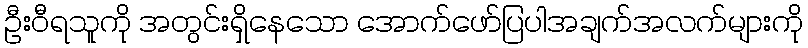
ဦးဝီရသူကို အတွင်းရှိနေသော အောက်ဖော်ပြပါအချက်အလက်များကို